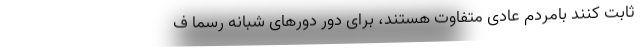
ثابت کنند بامردم عادی متفاوت هستند، برای دور دور‌های شبانه رسما ف